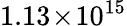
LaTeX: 1.13\! \times\! 10^{15}